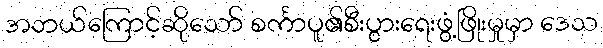
အဘယ်ကြောင့်ဆိုသော် စင်္ကာပူ၏စီးပွားရေးဖွံ့ဖြိုးမှုမှာ ဒေသ